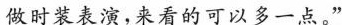
做时装表演,来看的可以多一点。”